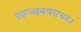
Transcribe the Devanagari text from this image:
वक्रलक्ष्यचराचरः।